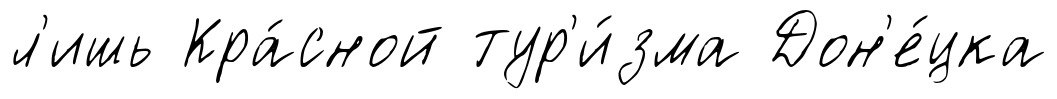
л'ишь Кра́сной тур'и́зма Дон'е́цка